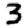
Digit: 3